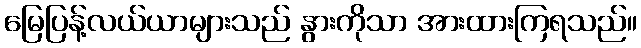
မြေပြန့်လယ်ယာများသည် နွားကိုသာ အားထားကြရသည်။